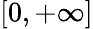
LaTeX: [0,+\infty]